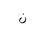
Letter: _non